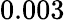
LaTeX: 0.003